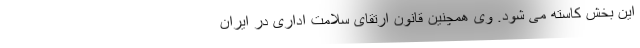
این بخش کاسته می شود. وی همچنین قانون ارتقای سلامت اداری در ایران